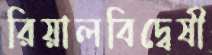
রিয়ালবিদ্বেষী